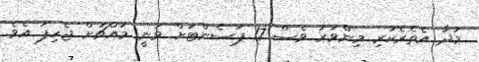
މުދާ އެތެރެކުރި މިންވަރު ވެސް 17 ޕަސެންޓަށް ވަނީ މައްޗަށް ޖެހިފަ އެވެ.